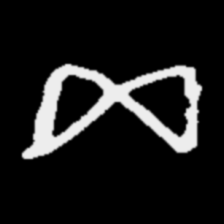
Pyu character \u2014 Myanmar letter: ဆ (romanized: cha)